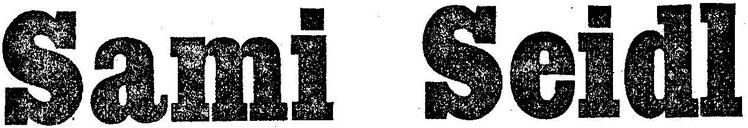
Sami Seidl